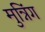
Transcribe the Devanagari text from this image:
मुन्निंग